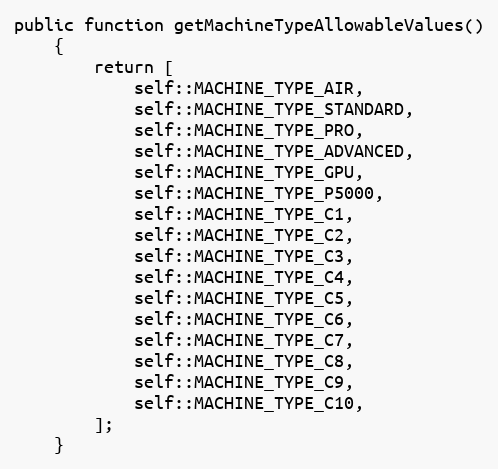
Language: PHP
public function getMachineTypeAllowableValues()
    {
        return [
            self::MACHINE_TYPE_AIR,
            self::MACHINE_TYPE_STANDARD,
            self::MACHINE_TYPE_PRO,
            self::MACHINE_TYPE_ADVANCED,
            self::MACHINE_TYPE_GPU,
            self::MACHINE_TYPE_P5000,
            self::MACHINE_TYPE_C1,
            self::MACHINE_TYPE_C2,
            self::MACHINE_TYPE_C3,
            self::MACHINE_TYPE_C4,
            self::MACHINE_TYPE_C5,
            self::MACHINE_TYPE_C6,
            self::MACHINE_TYPE_C7,
            self::MACHINE_TYPE_C8,
            self::MACHINE_TYPE_C9,
            self::MACHINE_TYPE_C10,
        ];
    }